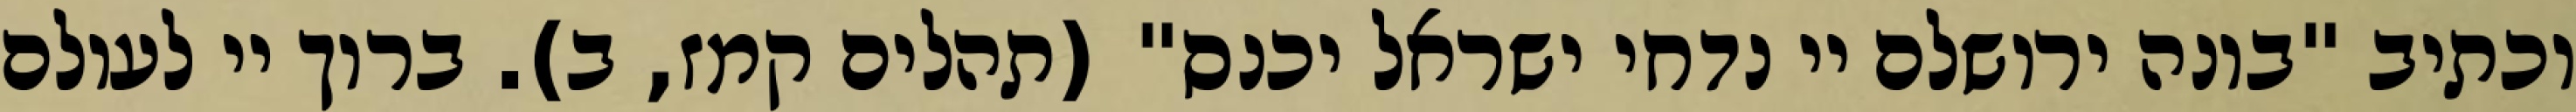
וכתיב "בונה ירושלם יי נדחי ישראל יכנס" (תהלים קמז, ב). ברוך יי לעולם